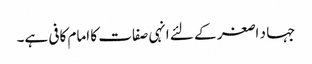
جہا د اصغر کے لئے انہی صفات کا امام کافی ہے۔